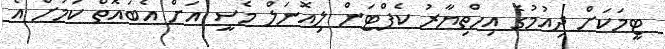
ޓީމަކަށް ދިއުމުގެ އިހްތިޔާރު ކެޕްޓަން ލިއޮނަލް މެސީ އަށް އެބައޮތް ކަމަށް އެ